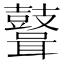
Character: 𪔪